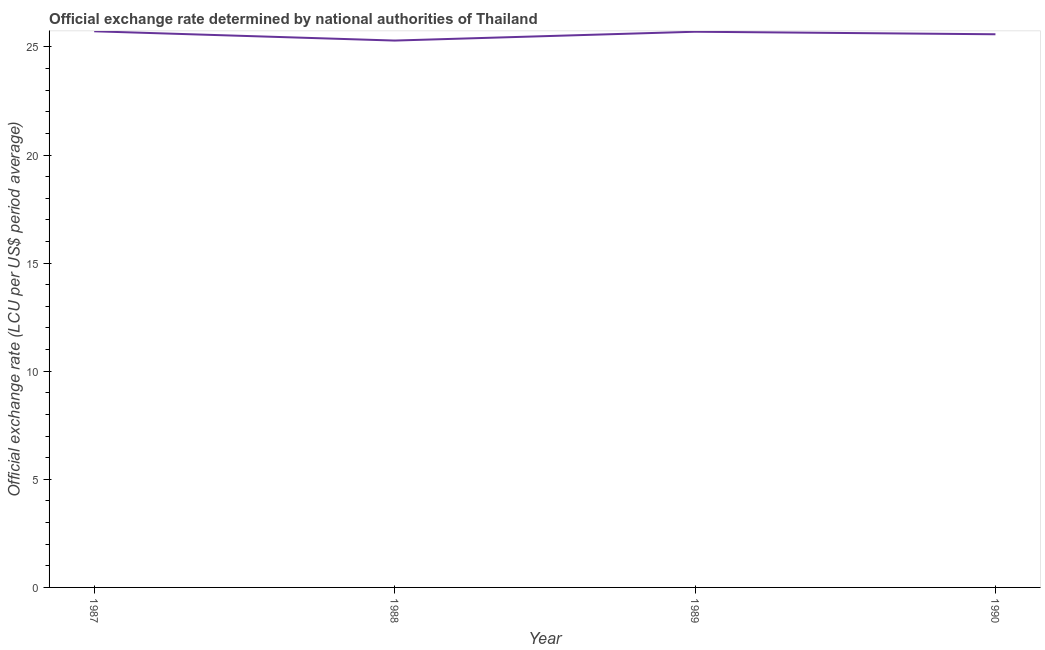
| Year | Official exchange rate |
 | --- | --- |
 | 1987 | 25.7 |
 | 1988 | 25.3 |
 | 1989 | 25.7 |
 | 1990 | 25.6 |